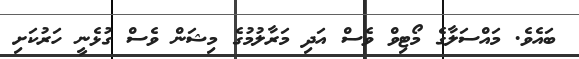
ބައެވެ. މައްސަލާގެ މޯޓިވް ވެސް އަދި މަރާލުމުގެ މިޝަން ވެސް ގުޅެނީ ހަރުކަށި